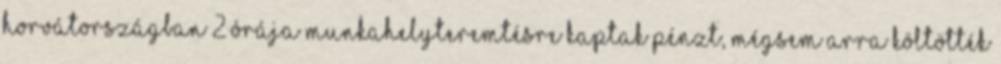
Horvátországban 2 órája Munkahelyteremtésre kaptak pénzt, mégsem arra költötték